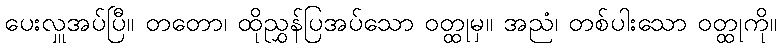
ပေးလှူအပ်ပြီ။ တတော၊ ထိုညွှန်ပြအပ်သော ဝတ္ထုမှ။ အညံ၊ တစ်ပါးသော ဝတ္ထုကို။